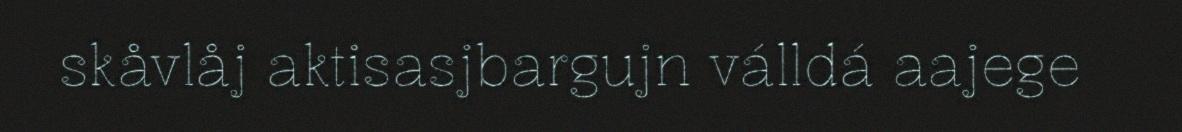
skåvlåj aktisasjbargujn válldá aajege